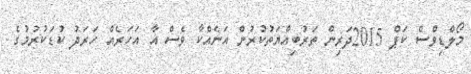
މޯލްޑިވްސް ކަޕް 2015ދަރިން ތަރުބިއްޔަތުކުރުން އަނެއްކާ ވެސް އާ އަހަރެއް ހަރަދު ކުޑަކުރުމުގެ